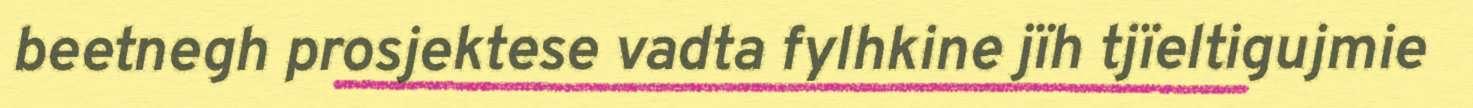
beetnegh prosjektese vadta fylhkine jïh tjïeltigujmie